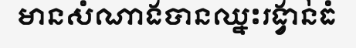
មានសំណាងបានឈ្នះរង្វាន់ធំ